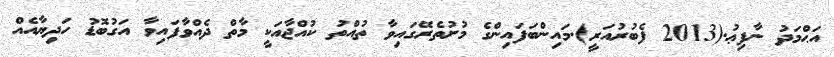
އަޙްމަދު ނާފިޢު.(2013 ފެބުރުއަރީ).މައިންބަފައިންގެ މުށުތެރޭގައިވާ ތުއްތު ކުއްޖާއަކީ މާތް ދެއްވާފައިވާ އަގުބޮޑު ހަދިޔާއެއް